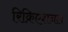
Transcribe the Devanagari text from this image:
रिक्रिएशनल